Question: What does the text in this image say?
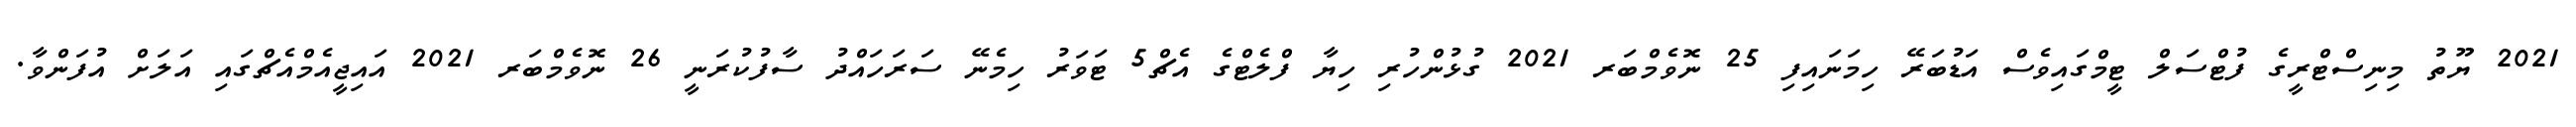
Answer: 2021 ޔޫތު މިނިސްޓްރީގެ ފުޓްސަލް ޓީމްގައިވެސް އަޑުބަރޭ ހިމަނައިފި 25 ނޮވެމްބަރ 2021 ގުޅުންހުރި ހިޔާ ފްލެޓްގެ އެޗް5 ޓަވަރު ހިމެނޭ ސަރަހައްދު ސާފުކުރަނީ 26 ނޮވެމްބަރ 2021 އައިޖީއެމްއެޗްގައި އަލަށް އުފަންވާ.